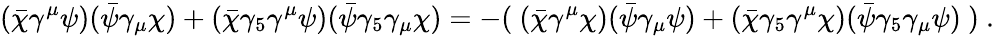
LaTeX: ({\bar{\chi}}\gamma^{\mu}\psi)({\bar{\psi}}\gamma_{\mu}\chi)+({\bar{\chi}}\gamma_{5}\gamma^{\mu}\psi)({\bar{\psi}}\gamma_{5}\gamma_{\mu}\chi)=-(~({\bar{\chi}}\gamma^{\mu}\chi)({\bar{\psi}}\gamma_{\mu}\psi)+({\bar{\chi}}\gamma_{5}\gamma^{\mu}\chi)({\bar{\psi}}\gamma_{5}\gamma_{\mu}\psi)~)~.